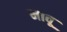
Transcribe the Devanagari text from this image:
मावू